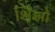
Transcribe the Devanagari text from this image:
शिंझो